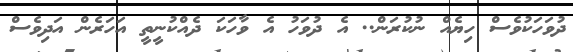
ދުވަހަކުވެސް ހިޔެއް ނުކުރަން.. އެ ދުވަހު އެ ވާހަކަ ދެއްކުނީތީ އަހަރެން އަދިވެސް